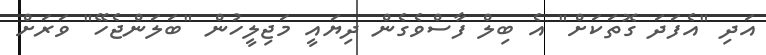
އަދި "އެފަދަ ގޮތަކަށް" އެ ބިލް ފާސްވެގެން ދިޔައީ މަޖިލީހުން "ބަލަންޖެހޭ" ވަރަށް